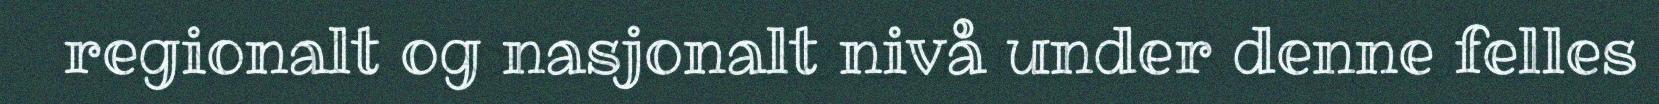
regionalt og nasjonalt nivå under denne felles